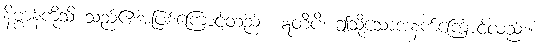
နိဗ္ဗာန်ကိုသိ သည်၏အဖြစ်ကြောင့်တည်း။ ဣတိပိ၊ ဤသို့သောအနက်ကြောင့်လည်း။